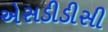
એસડીડીસી